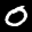
Label: 0